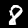
Label: 8